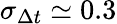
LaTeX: \sigma_{\Delta t}\simeq 0.3